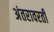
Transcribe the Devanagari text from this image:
अंतरावरती